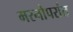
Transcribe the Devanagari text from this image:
मरनोपरांत